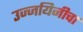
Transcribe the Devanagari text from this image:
उज्जयिनीचा